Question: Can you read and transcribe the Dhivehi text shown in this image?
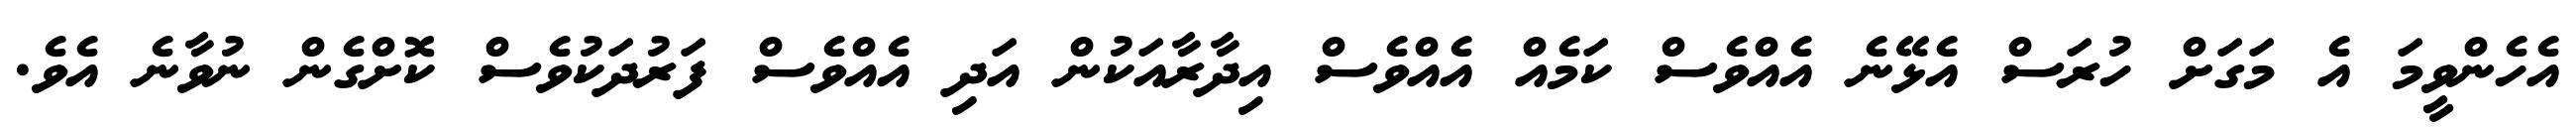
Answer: އެހެންވީމަ އެ މަގަށް ހުރަސް އެޅޭނެ އެއްވެސް ކަމެއް އެއްވެސް އިދާރާއަކުން އަދި އެއްވެސް ފަރުދަކުވެސް ކޮށްގެން ނުވާނެ އެވެ.